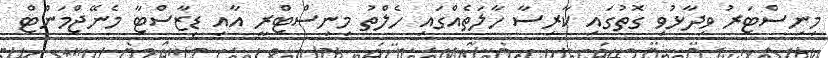
މިނިސްޓަރު ވިދާޅުވި ގޮތުގައި ކާރިސާ ހާލަތެއްގައި ހެލްތު މިނިސްޓްރީ އާއި ޑިޒާސްޓާ މެނޭޖްމަންޓް